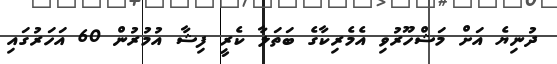
ދުނިޔެ އަށް މަޝްހޫރުވި އެމެރިކާގެ ބަތަލާ ކެރީ ފިޝާ އުމުރުން 60 އަހަރުގައި